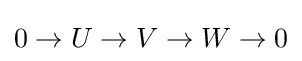
0\to U\to V\to W\to 0